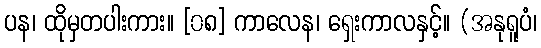
ပန၊ ထိုမှတပါးကား။ [၀၈] ကာလေန၊ ရှေးကာလနှင့်။ (အနုရူပံ၊